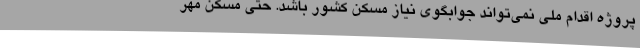
پروژه اقدام ملی نمی‌تواند جوابگوی نیاز مسکن کشور باشد. حتی مسکن مهر